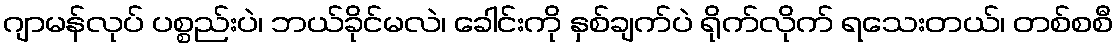
ဂျာမန်လုပ် ပစ္စည်းပဲ၊ ဘယ်ခိုင်မလဲ၊ ခေါင်းကို နှစ်ချက်ပဲ ရိုက်လိုက် ရသေးတယ်၊ တစ်စစီ